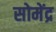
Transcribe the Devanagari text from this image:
सोमेंद्र